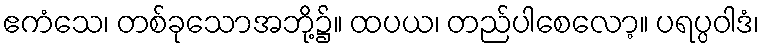
ဧကံသေ၊ တစ်ခုသောအဘို့၌။ ထပယ၊ တည်ပါစေလော့။ ပရပ္ပဝါဒံ၊